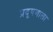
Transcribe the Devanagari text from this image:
प्रदूषणाला